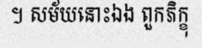
។ សម័យនោះឯង ពួកភិក្ខុ